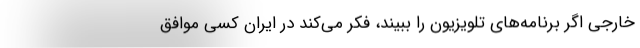
خارجی اگر برنامه‌های تلویزیون را ببیند، فکر می‌کند در ایران کسی موافق